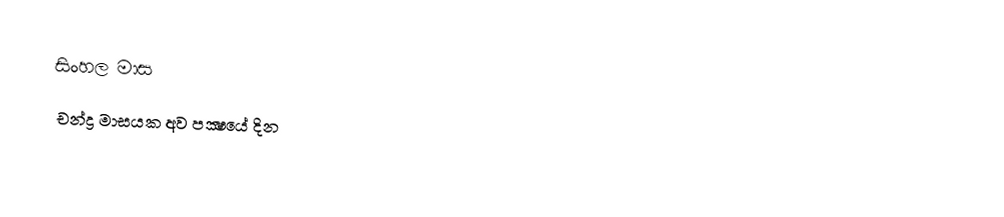
සිංහල මාස
චන්ද්‍ර මාසයක අව පක්‍ෂයේ දින